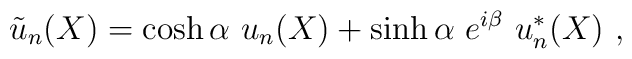
{\tilde u}_{n}(X) = \cosh\alpha ~u_{n}(X) + \sinh\alpha~ e^{i\beta}~u_{n}^*(X)~,